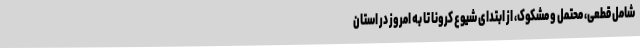
شامل قطعی، محتمل و مشکوک، از ابتدای شیوع کرونا تا به امروز در استان